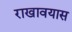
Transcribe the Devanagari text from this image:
राखावयास